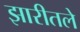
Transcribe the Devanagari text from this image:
झारीतले